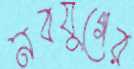
নবযুগের